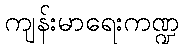
ကျန်းမာရေးကဏ္ဍ